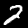
Label: 2